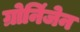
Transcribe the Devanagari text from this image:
ग्रोनिंजेन